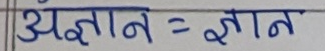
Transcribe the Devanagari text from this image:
अज्ञान = ज्ञान